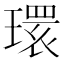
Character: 𤨔